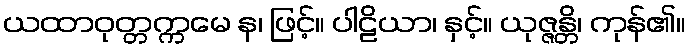
ယထာဝုတ္တက္ကမေ န၊ ဖြင့်။ ပါဠိယာ၊ နှင့်။ ယုဇ္ဇန္တိ၊ ကုန်၏။